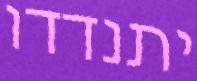
יתנדדו